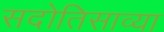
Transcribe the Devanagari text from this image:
सदोतिसाव्या